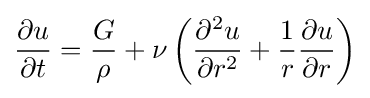
{\frac {\partial u}{\partial t}}={\frac {G}{\rho }}+\nu \left({\frac {\partial ^{2}u}{\partial r^{2}}}+{\frac {1}{r}}{\frac {\partial u}{\partial r}}\right)